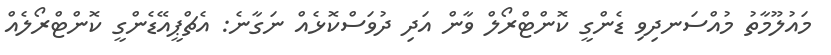
މައުލޫމާތު މުއްސަނދިވި ޑެންގީ ކޮންޓްރޯލް ވާން އަދި ދުވަސްކޮޅެއް ނަގާނެ: އެޗްޕީއޭޑެންގީ ކޮންޓްރޯލެއް